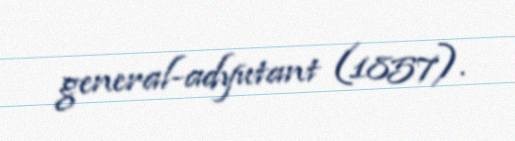
general-adyutant (1857).